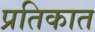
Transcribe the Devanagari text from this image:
प्रतिकात